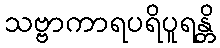
သဗ္ဗာကာရပရိပူရန္တိ